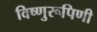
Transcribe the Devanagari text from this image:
विष्णुरूपिणी